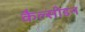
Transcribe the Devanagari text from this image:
कैल्सीडन